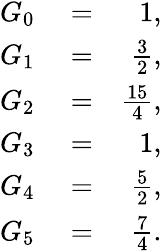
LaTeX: \begin{array}{rlr}{G_{0}}&{{}=}&{1,}\\ {G_{1}}&{{}=}&{\frac{3}{2},}\\ {G_{2}}&{{}=}&{\frac{15}{4},}\\ {G_{3}}&{{}=}&{1,}\\ {G_{4}}&{{}=}&{\frac{5}{2},}\\ {G_{5}}&{{}=}&{\frac{7}{4}.}\end{array}